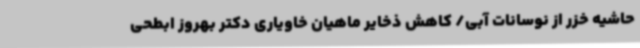
حاشیه خزر از نوسانات آبی/ کاهش ذخایر ماهیان خاویاری دکتر بهروز ابطحی